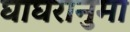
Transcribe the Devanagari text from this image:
घाघरानुमा